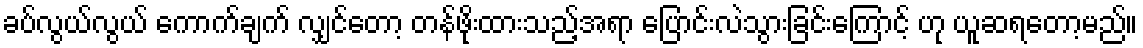
ခပ်လွယ်လွယ် ကောက်ချက် လျှင်တော့ တန်ဖိုးထားသည့်အရာ ပြောင်းလဲသွားခြင်းကြောင့် ဟု ယူဆရတော့မည်။